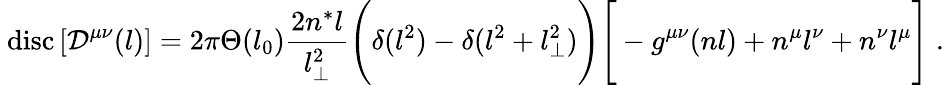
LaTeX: \mathrm{\mathrm{~disc}}\left[{\cal D}^{\mu\nu}(l)\right]=2\pi\Theta(l_{0})\frac{2n^{*}l}{l_{\perp}^{2}}\Bigg(\delta(l^{2})-\delta(l^{2}+l_{\perp}^{2})\Bigg)\Bigg[-g^{\mu\nu}(nl)+n^{\mu}l^{\nu}+n^{\nu}l^{\mu}\Bigg]\; .